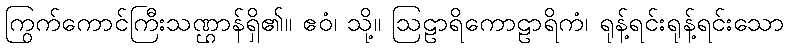
ကြွက်ကောင်ကြီးသဏ္ဌာန်ရှိ၏။ ဧဝံ၊ သို့။ ဩဠာရိကောဠာရိကံ၊ ရုန့်ရင်းရုန့်ရင်းသော